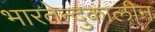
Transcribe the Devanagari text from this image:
भारतेन्दुकालीन